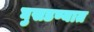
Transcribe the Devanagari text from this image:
घुसडण्यात